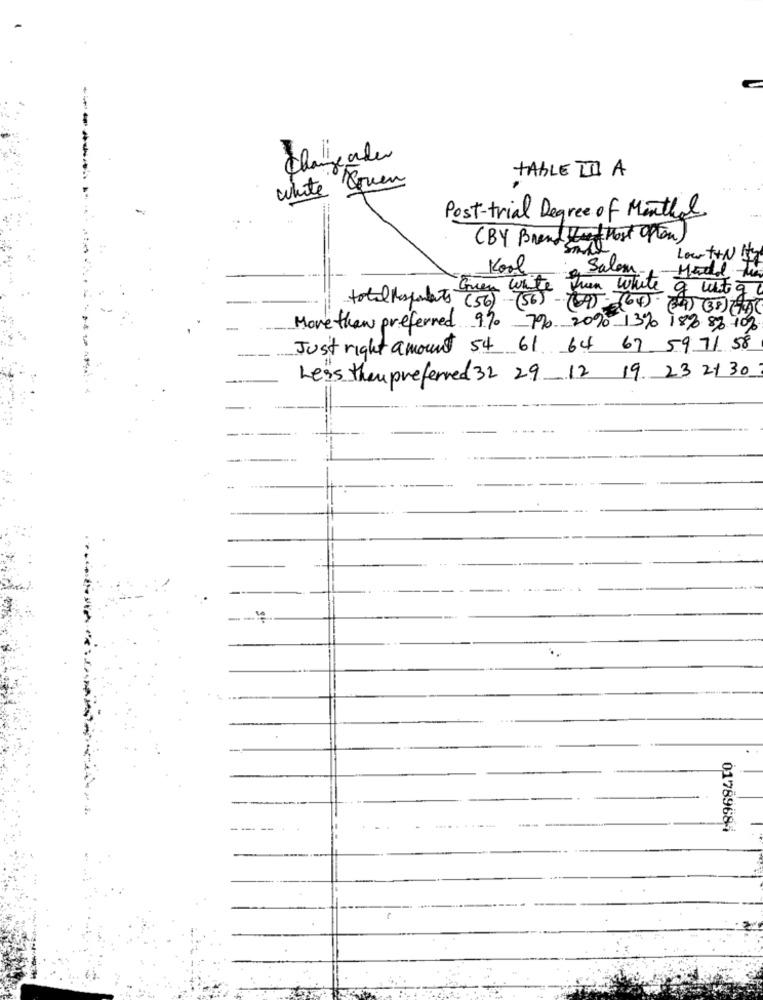
------
changerles
TABLE II A
white Quen
Post-trial Degree of Monthal.
(BY Brand Start Most Often)
Low ++N !
Kool
Salam,
-Madal
Guen white Rum white of mit g
total Respondents (56) -(56)- 700-7645- 50
(29) (38) (47)
More than preferred 9.9 7% 20% 13% 18% 8% 10%
Just right amount 54 61 64 67 59.71 58
Less theupreferred 32 29 12 19 23 21 30
-
01789684